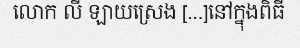
លោក លី ឡាយស្រេង [...]នៅក្នុងពិធី